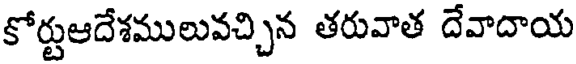
కోర్టుఆదేశములువచ్చిన తరువాత దేవాదాయ